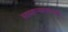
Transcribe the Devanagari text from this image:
सामान्यतावाद